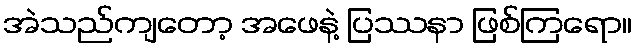
အဲသည်ကျတော့ အဖေနဲ့ ပြဿနာ ဖြစ်ကြရော။